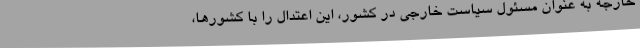
خارجه به عنوان مسئول سیاست خارجی در کشور، این اعتدال را با کشورها،